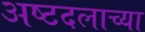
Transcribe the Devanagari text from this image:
अष्टदलाच्या